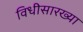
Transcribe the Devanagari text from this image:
विधीसारख्या